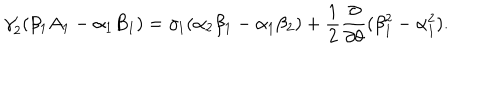
LaTeX: \gamma _ { 2 } ^ { \prime } ( \beta _ { 1 } A _ { 1 } - \alpha _ { 1 } B _ { 1 } ) = \gamma _ { 1 } ( \alpha _ { 2 } \beta _ { 1 } - \alpha _ { 1 } \beta _ { 2 } ) + \frac { 1 } { 2 } \frac { \partial } { \partial \theta } ( \beta _ { 1 } ^ { 2 } - \alpha _ { 1 } ^ { 2 } ) .